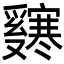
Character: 𬋸